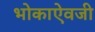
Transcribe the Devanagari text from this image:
भोकाऐवजी